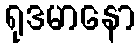
ရုဒမာနော